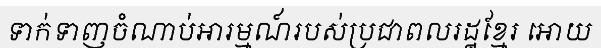
ទាក់ទាញចំណាប់អារម្មណ៍របស់ប្រជាពលរដ្ឋខ្មែរ អោយ